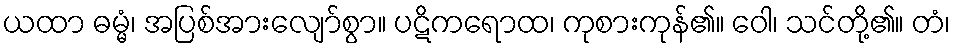
ယထာ ဓမ္မံ၊ အပြစ်အားလျော်စွာ။ ပဋိကရောထ၊ ကုစားကုန်၏။ ဝေါ၊ သင်တို့၏။ တံ၊